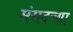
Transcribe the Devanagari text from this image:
संसदच्या